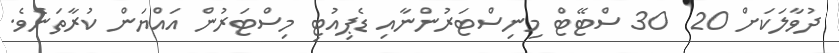
ދުވާލަކަށް 20  30 ސްޓޭޓް މިނިސްޓަރުންނާއި ޑެޕިއުޓި މިސްޓަރުން އައްޔަން ކުރާތަނެވެ.